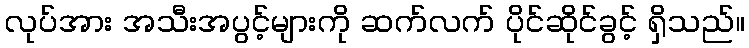
လုပ်အား အသီးအပွင့်များကို ဆက်လက် ပိုင်ဆိုင်ခွင့် ရှိသည်။